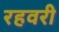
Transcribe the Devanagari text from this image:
रहवरी